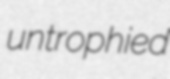
untrophied